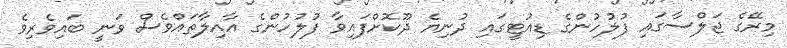
މިރޭގެ ޖަލްސާގައި ފުލުހުންގެ ޑިއުޓީގައި ދުނިޔެ ދޫކޮށްފައިވާ ފުލުހުންގެ އާއިލާތައްވެސް ވަނީ ބައިވެރިވެ